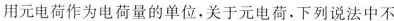
用元电荷作为电荷量的单位，关于元电荷，下列说法中不